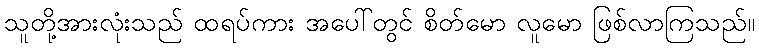
သူတို့အားလုံးသည် ထရပ်ကား အပေါ်တွင် စိတ်မော လူမော ဖြစ်လာကြသည်။